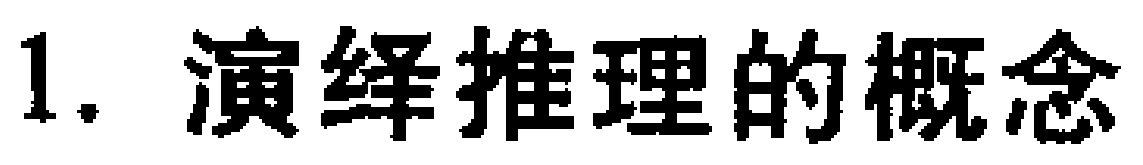
1. 演绎推理的概念